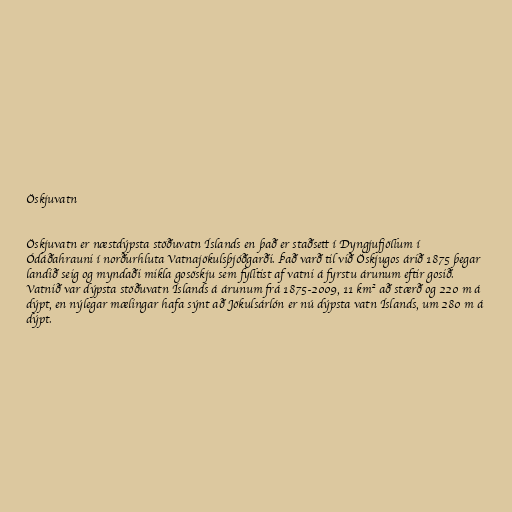
Öskjuvatn

Öskjuvatn er næstdýpsta stöðuvatn Íslands en það er staðsett í Dyngjufjöllum í
Ódáðahrauni í norðurhluta Vatnajökulsþjóðgarði. Það varð til við Öskjugos árið 1875 þegar
landið seig og myndaði mikla gosöskju sem fylltist af vatni á fyrstu árunum eftir gosið.
Vatnið var dýpsta stöðuvatn Íslands á árunum frá 1875-2009, 11 km² að stærð og 220 m á
dýpt, en nýlegar mælingar hafa sýnt að Jökulsárlón er nú dýpsta vatn Íslands, um 280 m á
dýpt.